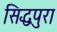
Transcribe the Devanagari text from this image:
सिद्धपुरा